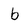
Character: b